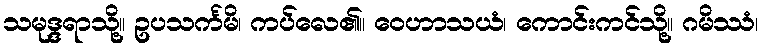
သမုဒ္ဒရာသို့။ ဥပသင်္ကမိ၊ ကပ်လေ၏။ ဝေဟာသယံ၊ ကောင်းကင်သို့။ ဂမိဿံ၊